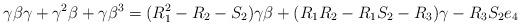
LaTeX: \begin{align*}\gamma \beta \gamma +\gamma^2 \beta +\gamma \beta^3=(R_1^2 - R_2 - S_2)\gamma \beta + (R_1R_2 - R_1S_2 - R_3) \gamma - R_3S_2e_4\end{align*}